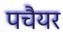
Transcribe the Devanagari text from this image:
पचैयर